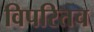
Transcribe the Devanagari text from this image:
विपरितच